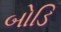
બોડિ